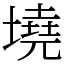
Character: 墝